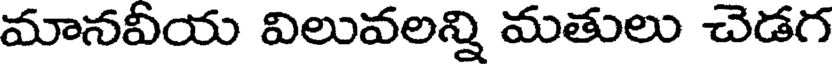
మానవీయ విలువలన్ని మతులు చెడగ